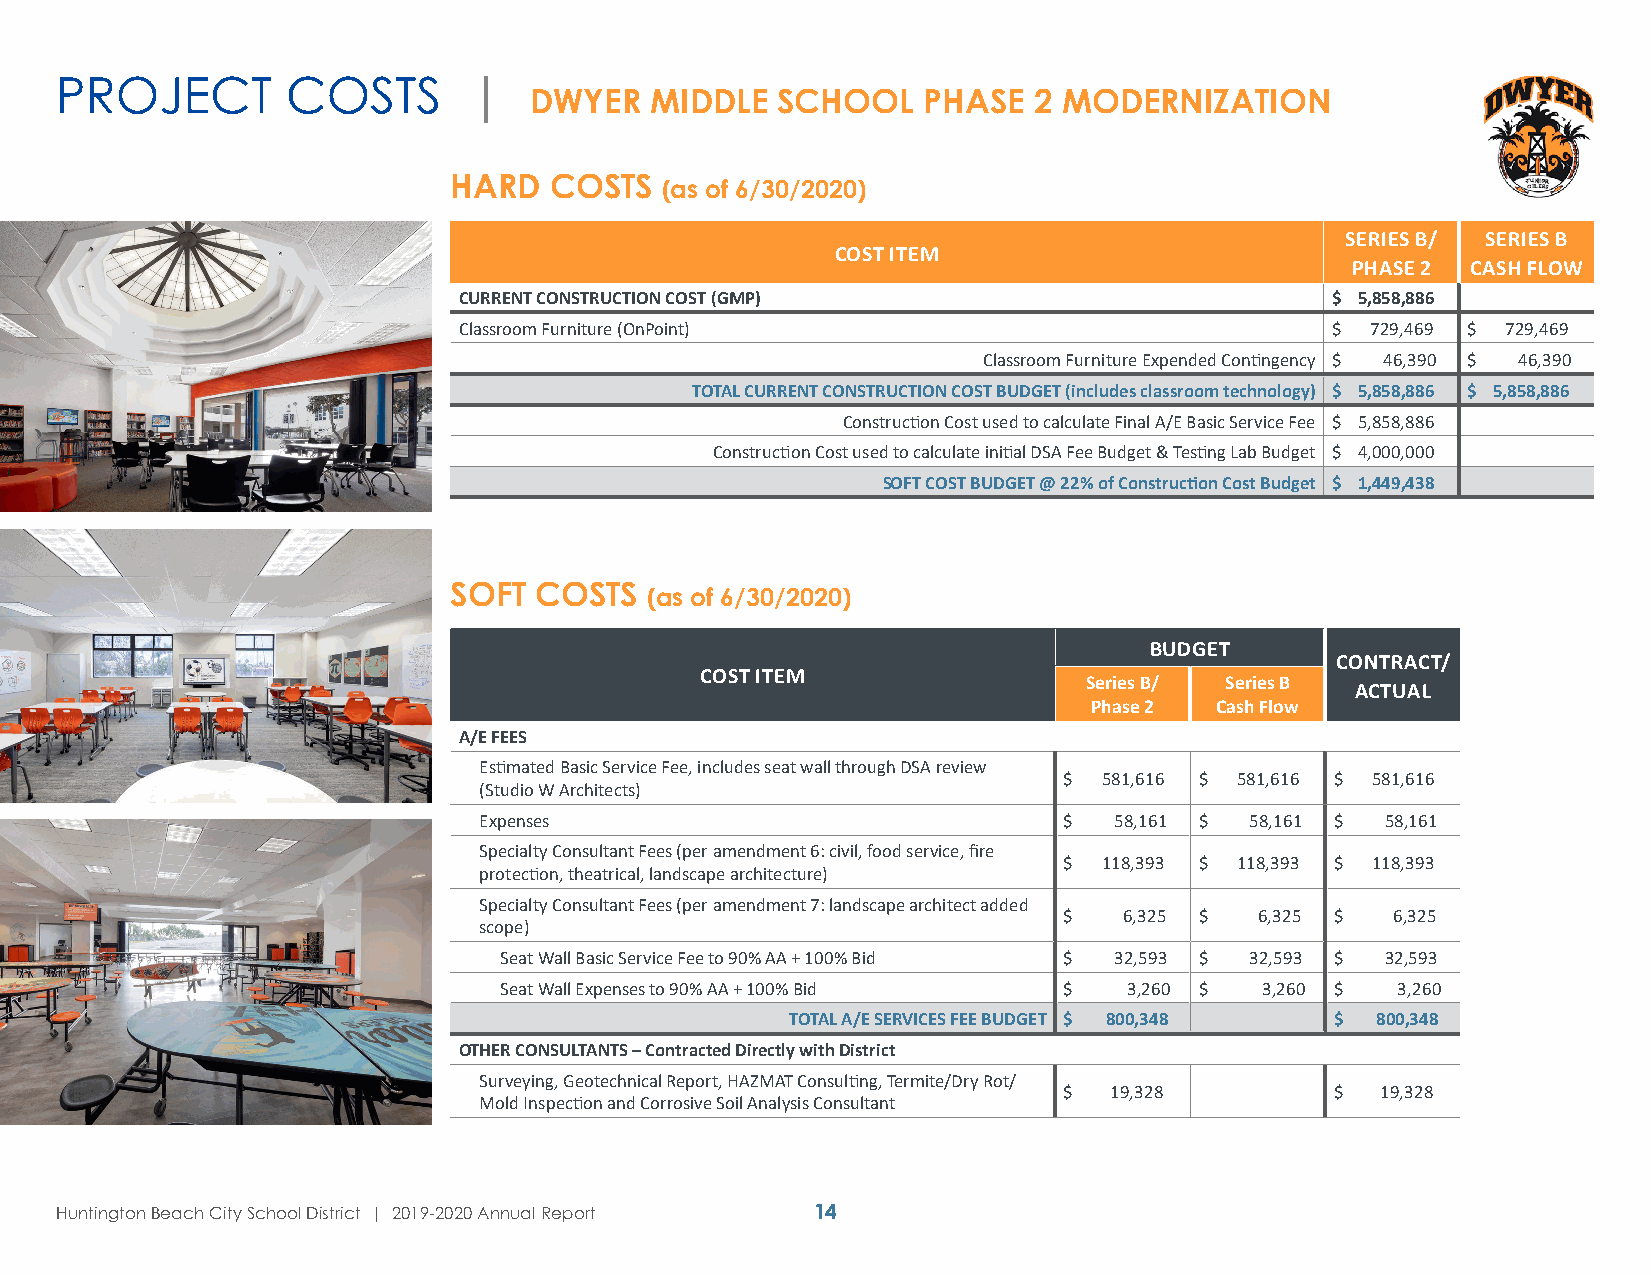
PROJECT        COSTS       |
 DWYER   MIDDLE  SCHOOL    PHASE  2 MODERNIZATION
 HARD  COSTS   (as of 6/30/2020)
 SERIES B/ SERIES B
 COST ITEM
 PHASE 2 CASH FLOW
 CURRENT CONSTRUCTION COST (GMP)                           $ 5,858,886
 Classroom Furniture (OnPoint)                             $  729,469 $ 729,469
 Classroom Furniture Expended Contingency $ 46,390 $ 46,390
 TOTAL CURRENT CONSTRUCTION COST BUDGET (includes classroom technology) $ 5,858,886 $ 5,858,886
 Construction Cost used to calculate Final A/E Basic Service Fee $ 5,858,886
 Construction Cost used to calculate initial DSA Fee Budget & Testing Lab Budget $ 4,000,000
 SOFT COST BUDGET @ 22% of Construction Cost Budget $ 1,449,438
 SOFT COSTS   (as of 6/30/2020)
 BUDGET
 CONTRACT/
 COST ITEM
 Series B/ Series B
 ACTUAL
 Phase 2 Cash Flow
 A/E FEES
 Estimated Basic Service Fee, includes seat wall through DSA review
 $  581,616 $ 581,616 $ 581,616
 (Studio W Architects)
 Expenses                              $   58,161 $ 58,161 $ 58,161
 Specialty Consultant Fees (per amendment 6: civil, food service, fire
 $  118,393 $ 118,393 $ 118,393
 protection, theatrical, landscape architecture)
 Specialty Consultant Fees (per amendment 7: landscape architect added
 $   6,325 $  6,325 $  6,325
 scope)
 Seat Wall Basic Service Fee to 90% AA + 100% Bid $ 32,593 $ 32,593 $ 32,593
 Seat Wall Expenses to 90% AA + 100% Bid $ 3,260 $  3,260 $  3,260
 TOTAL A/E SERVICES FEE BUDGET $ 800,348 $ 800,348
 OTHER CONSULTANTS – Contracted Directly with District
 Surveying, Geotechnical Report, HAZMAT Consulting, Termite/Dry Rot/
 $   19,328        $  19,328
 Mold Inspection and Corrosive Soil Analysis Consultant
 Huntington Beach City School District | 2019-2020 Annual Report 14